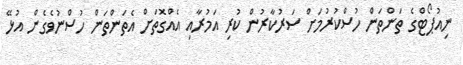
ނިއުޕޯޓްގެ ތަންތަން ހުސްކުރުމަށް ސަރުކާރުން ކުރި އަމުރާއި އެއްގޮތަށް އެތަންތަން ހުސްނުވެގެން އުޅޭ